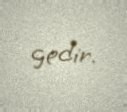
gedir.